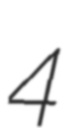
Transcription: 4